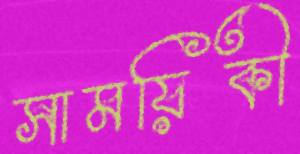
সাময়িকী